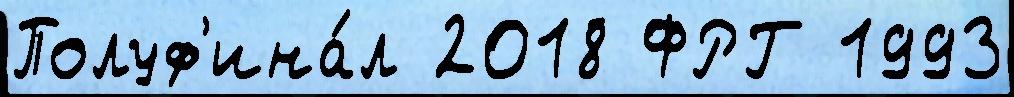
Полуф'ина́л 2018 ФРГ 1993